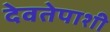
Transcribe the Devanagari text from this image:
देवतेपाशी